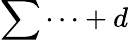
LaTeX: \sum\cdots+d